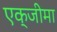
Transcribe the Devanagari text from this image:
एक्जीमा